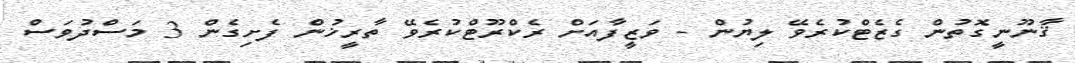
ޤާނޫނީގޮތުން ގެޒެޓްކުރެވޭ ލިޔުން - ވަޒީފާއަށް ރެކްރޫޓްކުރެވޭ ތާރީޚުން ފެށިގެން 3 މަސްދުވަސް